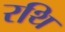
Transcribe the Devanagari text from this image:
रथि